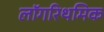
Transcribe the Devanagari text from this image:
लॉगरिथमिक